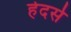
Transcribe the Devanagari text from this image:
हेदर्स